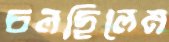
চলছিলেম